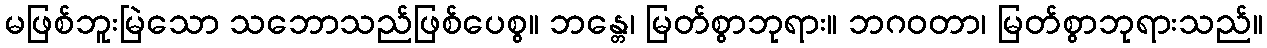
မဖြစ်ဘူးမြဲသော သဘောသည်ဖြစ်ပေစွ။ ဘန္တေ၊ မြတ်စွာဘုရား။ ဘဂဝတာ၊ မြတ်စွာဘုရားသည်။